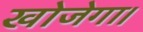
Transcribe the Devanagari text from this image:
खोजेगा।